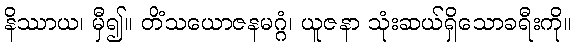
နိဿာယ၊ မှီ၍။ တိံသယောဇနမဂ္ဂံ၊ ယူဇနာ သုံးဆယ်ရှိသောခရီးကို။